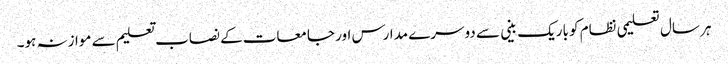
ہر سال تعلیمی نظام کو باریک بینی سے دوسرے مدارس اور جامعات کے نصاب تعلیم سے موازنہ ہو۔